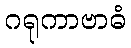
ဂရုကာဗာဓံ